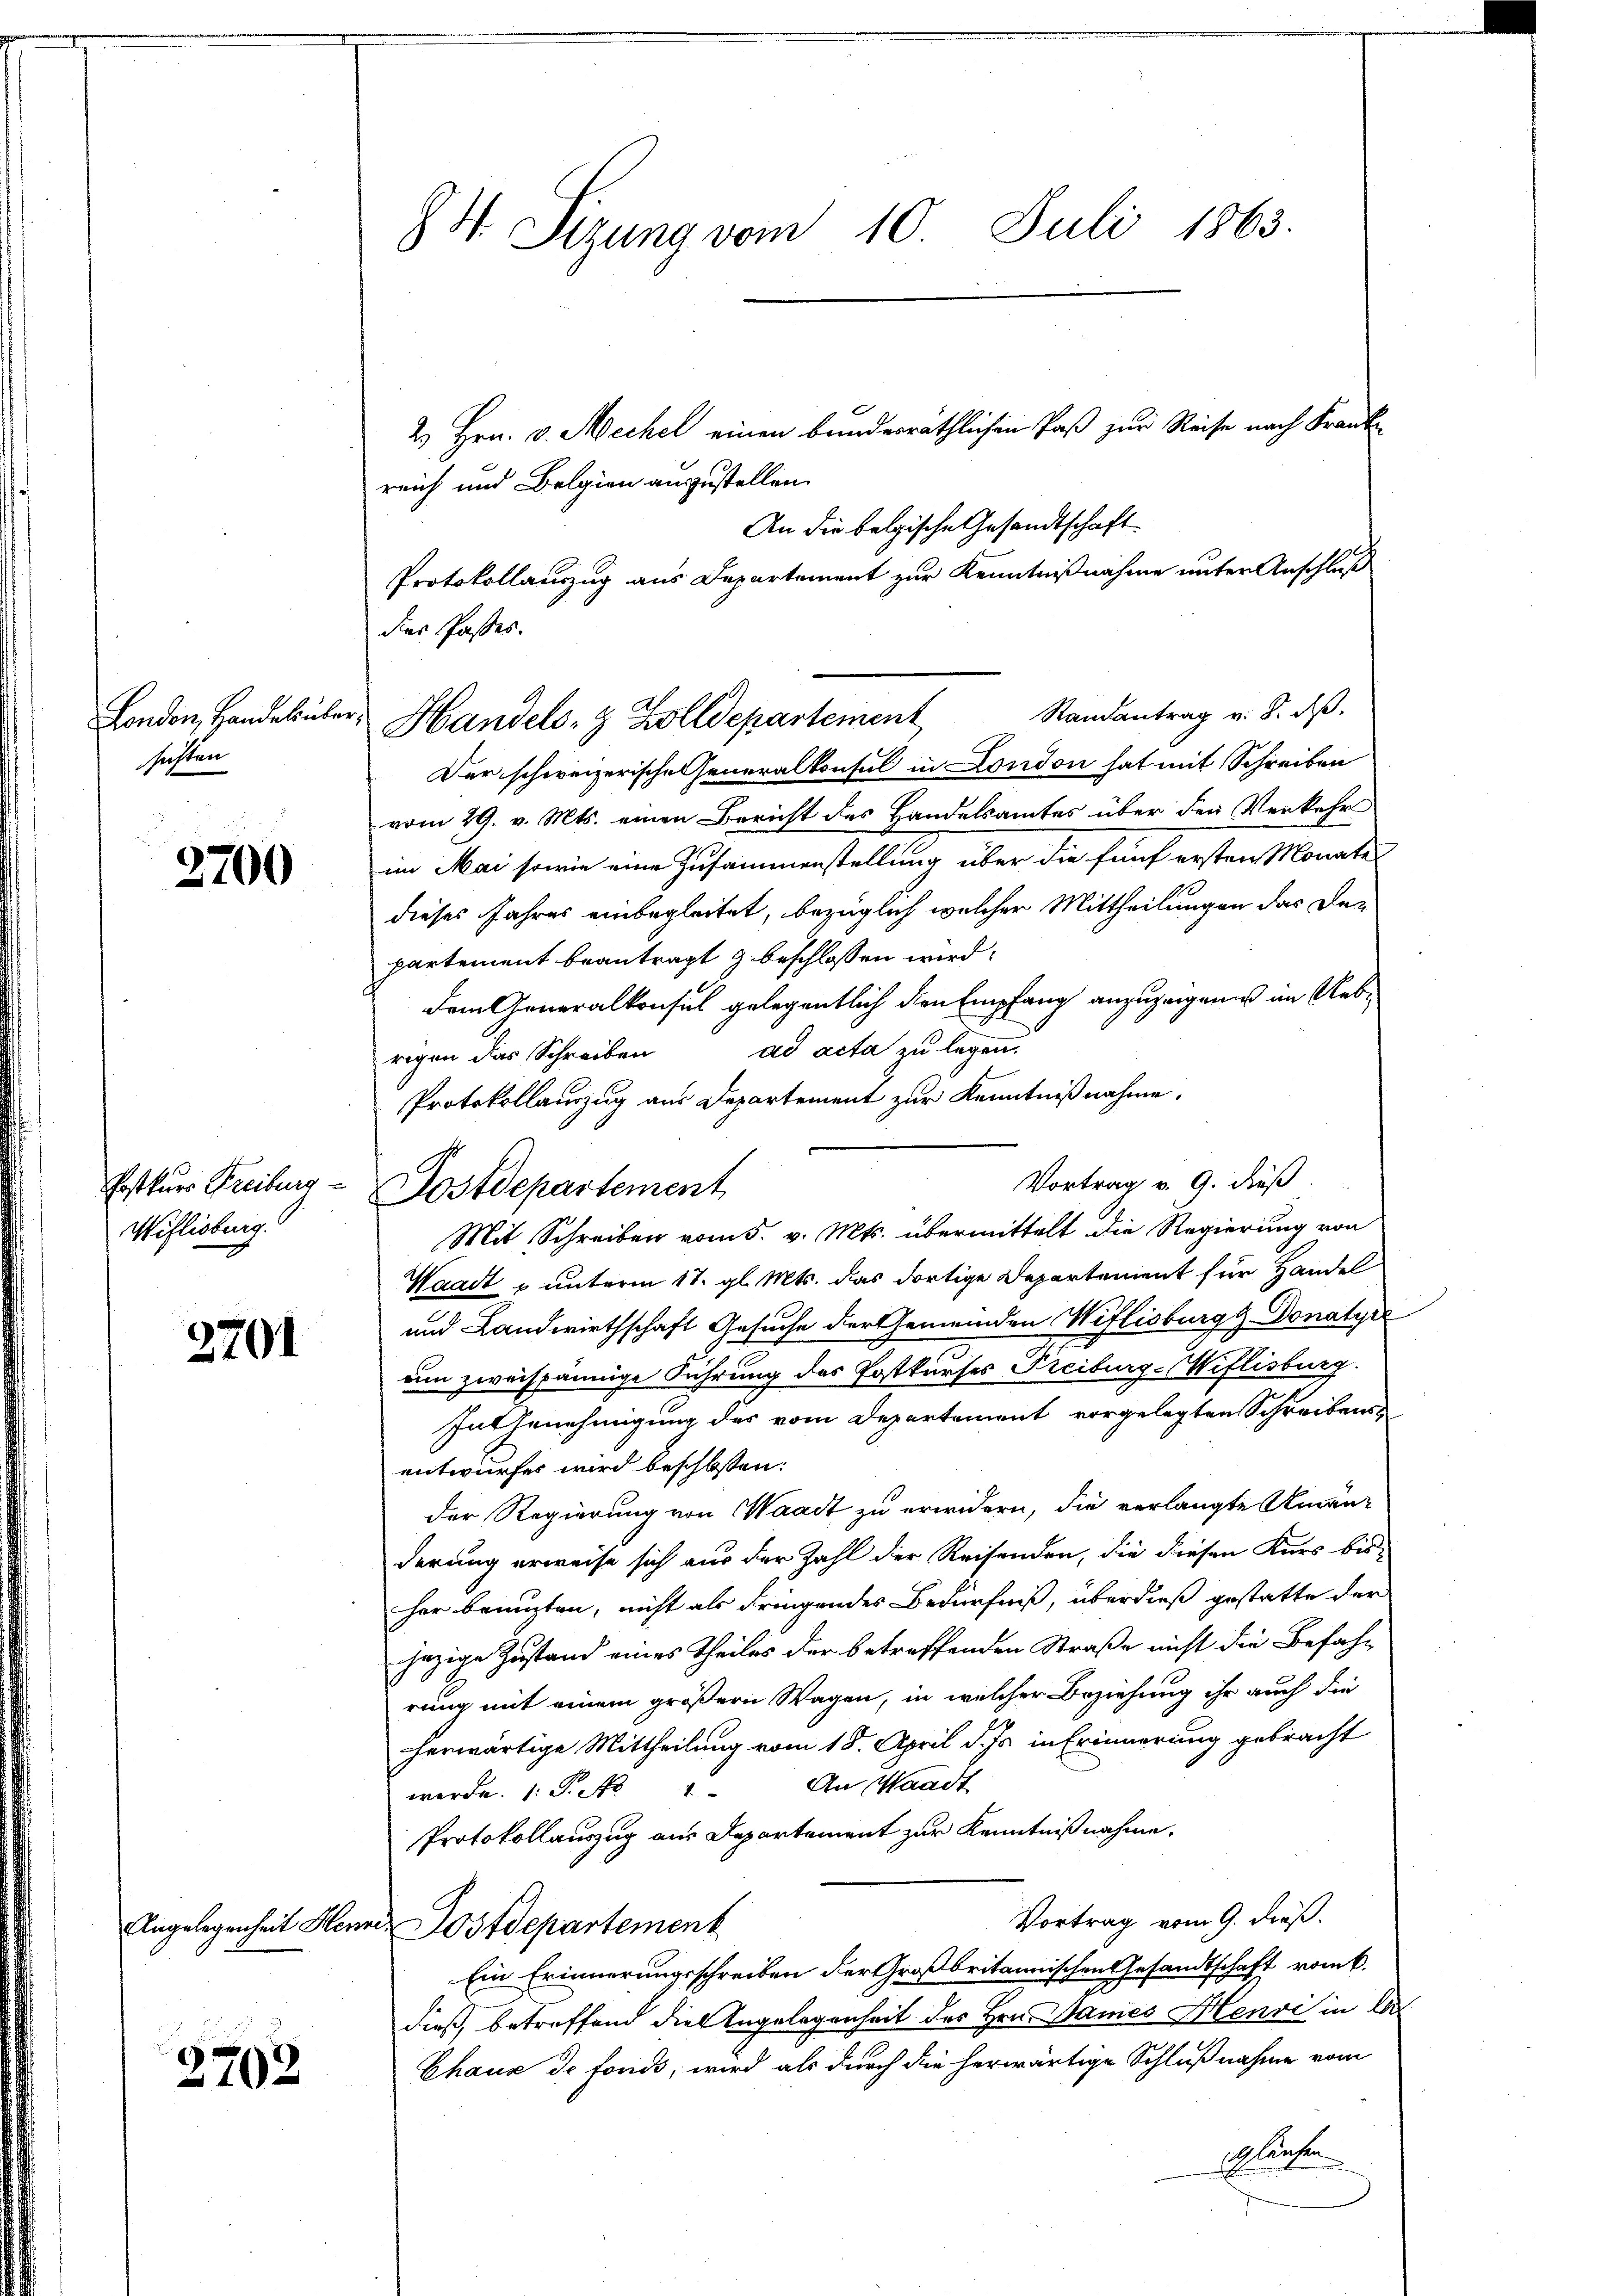
London, Handel übe
sichten

2700

Weflisburg.

2701

2702

N. Sizung vom 10. Juli 1863.

2.) Hrn. v. Mechel einen bundesräthlichen Paß zur Reise nach Frankreich und Belgien auszustellen.
An die belgische Gesandtschaft
Protokollauszug aus Departement zur Kenntnißnahme unter Anschluß
Randantrag v. 8. ds.
Der schweizerische Generalkonsul in London hat mit Schreiben
vom 29. v. Mts. einen Bericht des Handelsamtes über den Verkehr
im Mai sowie eine Zusammenstellung über die fünf ersten Monates
dieses Jahres einbegleitet, bezüglich welcher Mittheilungen das Departement beantragt z. beschlossen wird.
dem Generalkonsul gelegentlich den Empfang anzuzeigenes im Uebrigen das Schreiben ad acta zu legen.
Protokollauszug aus Departement zur Kenntnißnahme.
Mit Schreiben vom 5. v. Mts. übermittelt die Regierung von
Waadt u unterm 17. gl. Mts. das dortige Departement für Handel
und Landwirthschaft Gesuche der Gemeinden Weflisburg z. Donatyr
um zweispännige Führung des Postkurses Freiburg-Miflisburg.
Int Genehmigung des vom Departement vorgelegten Schreibens
entwurfes wird beschlossen:
der Regierung von Waadt zu erwidern, die verlangte Amanderung erweise sich aus der Zahl der Reisenden, die diesen Kurs bis-
her benuzten, nicht als dringendes Bedürfniß, überdieß gestatte der
jezige Zustand eines Theiles der betreffenden Straße nicht die Befahrung mit einem größern Wagen, in welcher Beziehung ihr auch die
herwärtige Mittheilung vom 18. April d. Js. in Erinnerung gebracht
An Waadt
werde. 1. P. Nr. 1
Protokollauszug aus Departement zur Kenntnißnahme.
Vortrag vom 9. dieß.
Angelegenheit Henner Postdepartement
Ein Erinnerungsschreiben der Großbritannischen Gesandtschaft rank.
dieß, betreffend die Angelegenheit des Hrn. Sames Henri in d
Chaux de fonds, wird als durch die herwärtige Schlußnahme vom
schlechten

dies Passes.

Postkur Freiburg - Postdepartement

" Handels- & Zolldepartement

Vortrag v. 9. dieß.